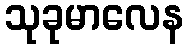
သုခုမာလေန